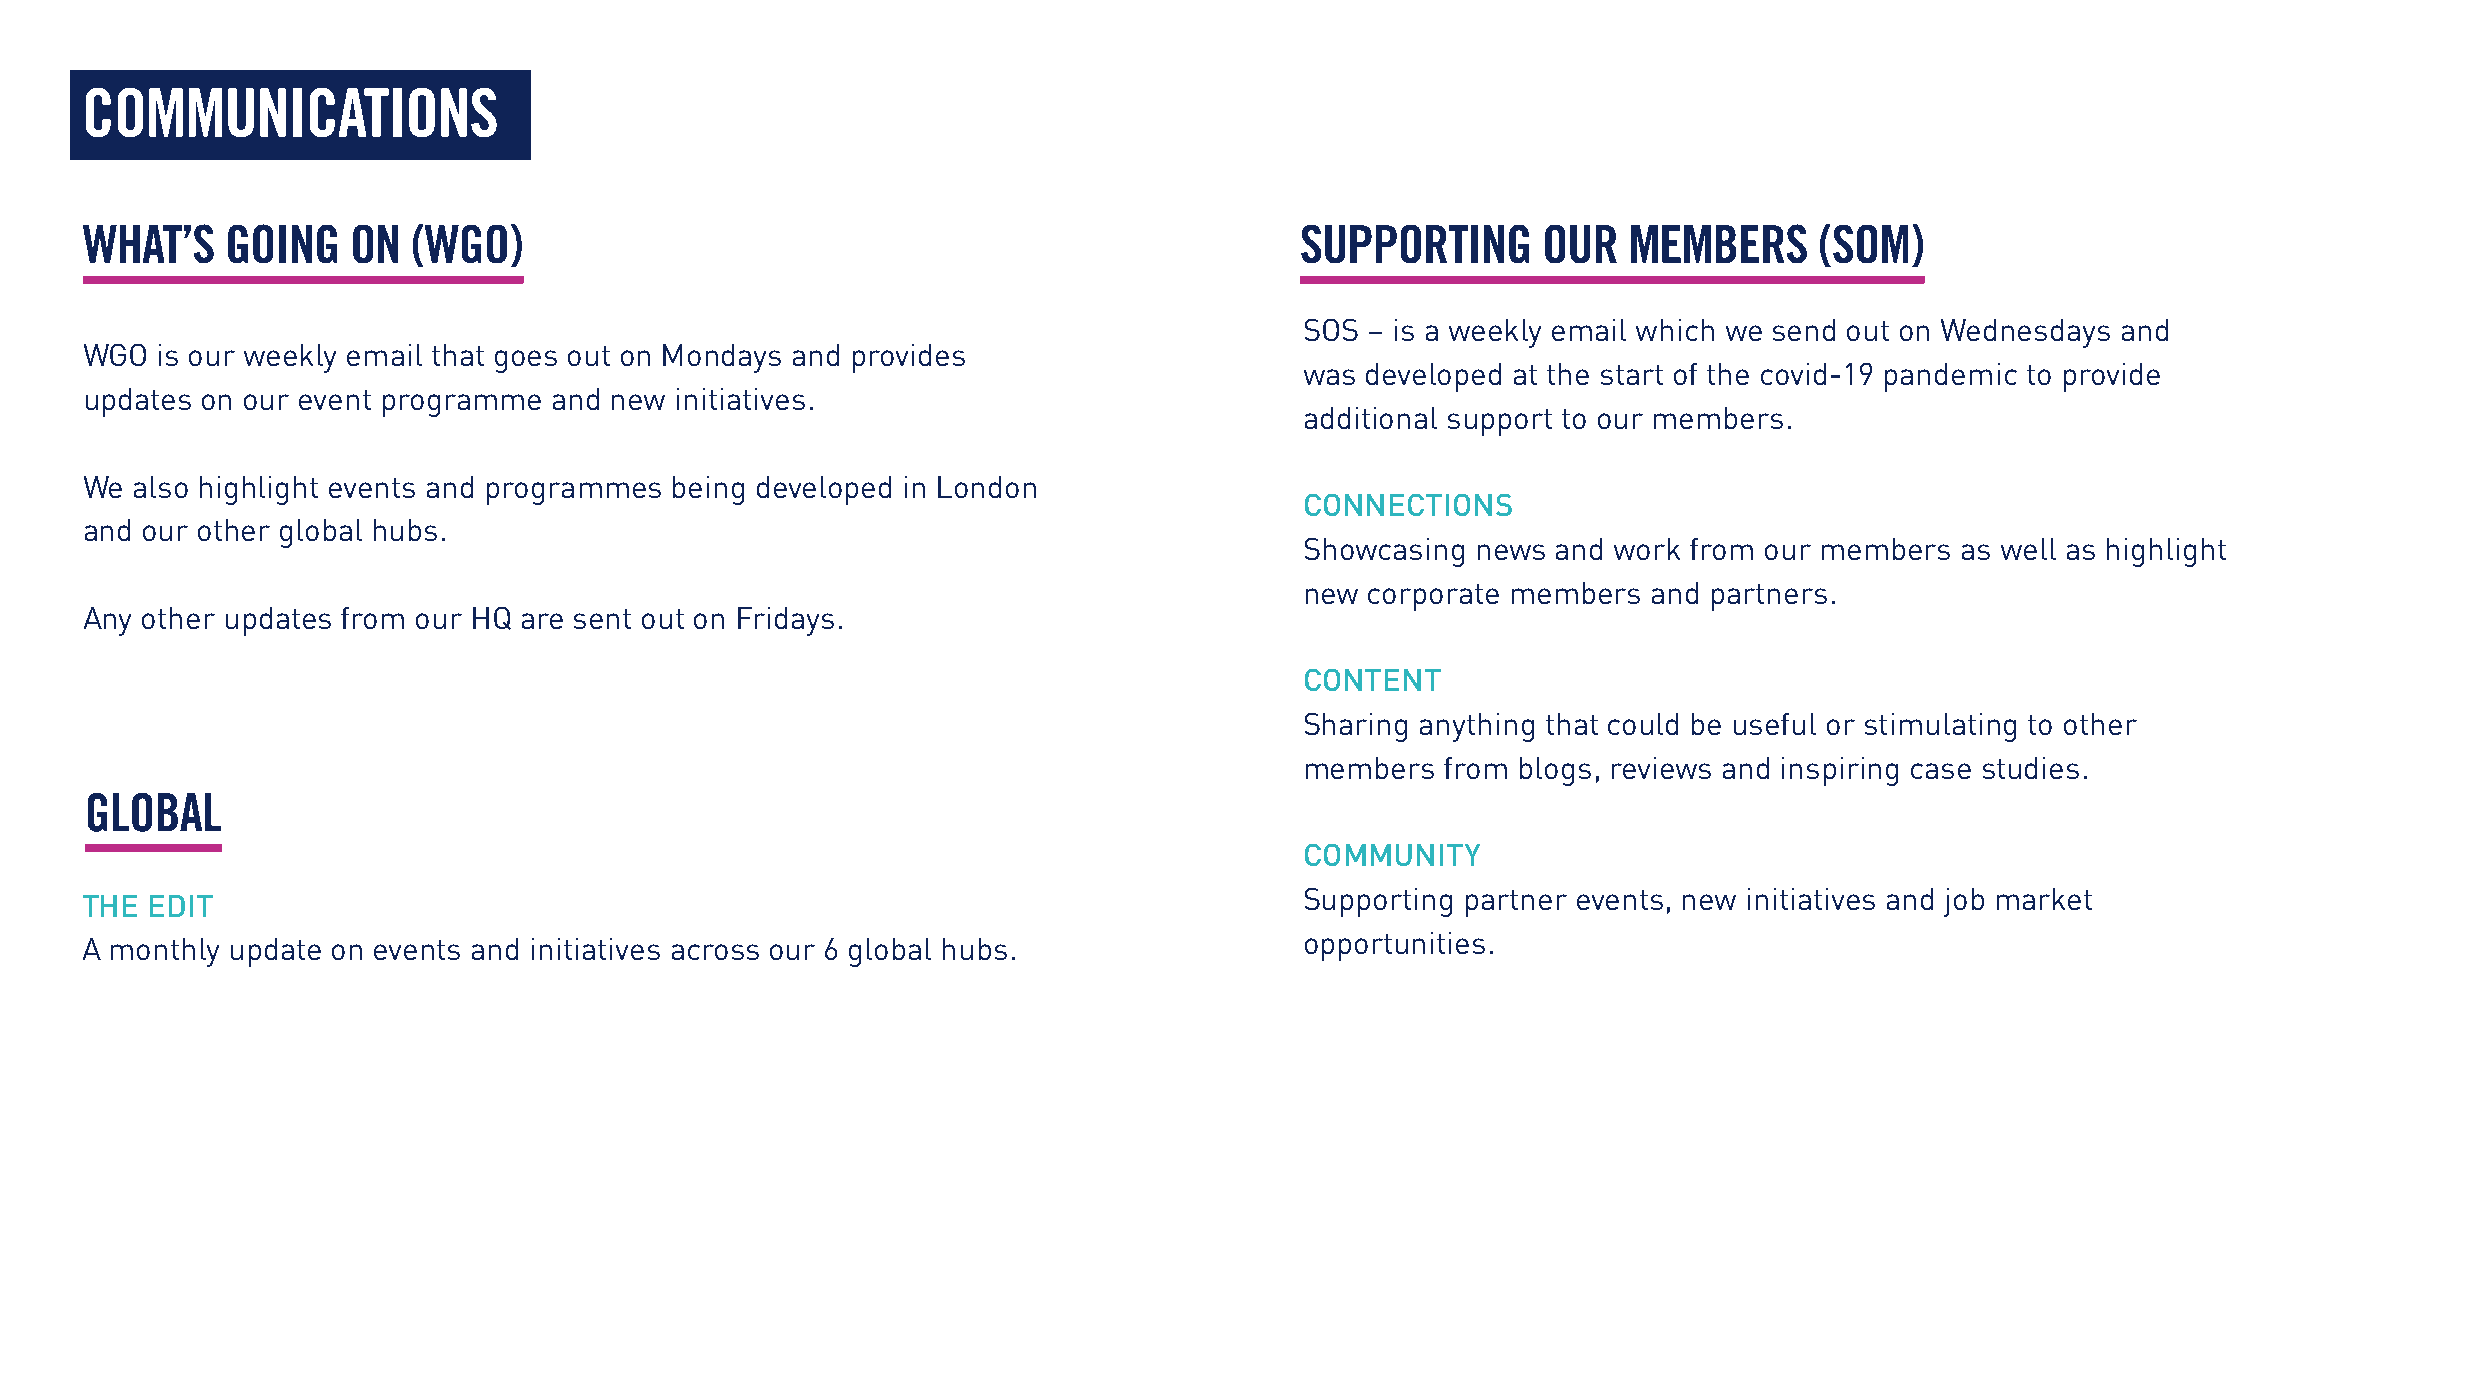
COMMUNICATIONS
 WHAT’S    GOING   ON  (WGO)                                                      SUPPORTING      OUR   MEMBERS     (SOM)
 SOS  – is a weekly email which we send out on Wednesdays and
 WGO  is our weekly email that goes out on Mondays and provides
 was developed at the start of the covid-19 pandemic to provide
 updates on our event programme  and new initiatives.
 additional support to our members.
 We  also highlight events and programmes being developed in London
 CONNECTIONS
 and our other global hubs.
 Showcasing  news and work from our members  as well as highlight
 new corporate members  and partners.
 Any other updates from our HQ are sent out on Fridays.
 CONTENT
 Sharing anything that could be useful or stimulating to other
 members   from blogs, reviews and inspiring case studies.
 GLOBAL
 COMMUNITY
 Supporting partner events, new initiatives and job market
 THE  EDIT
 opportunities.
 A monthly update on events and initiatives across our 6 global hubs.